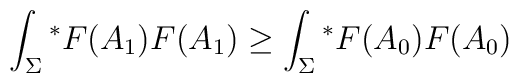
\int_{\Sigma} {^\ast} F(A_{1}) F(A_{1}) \geq \int_{\Sigma} {^\ast}F(A_{0}) F(A_{0})